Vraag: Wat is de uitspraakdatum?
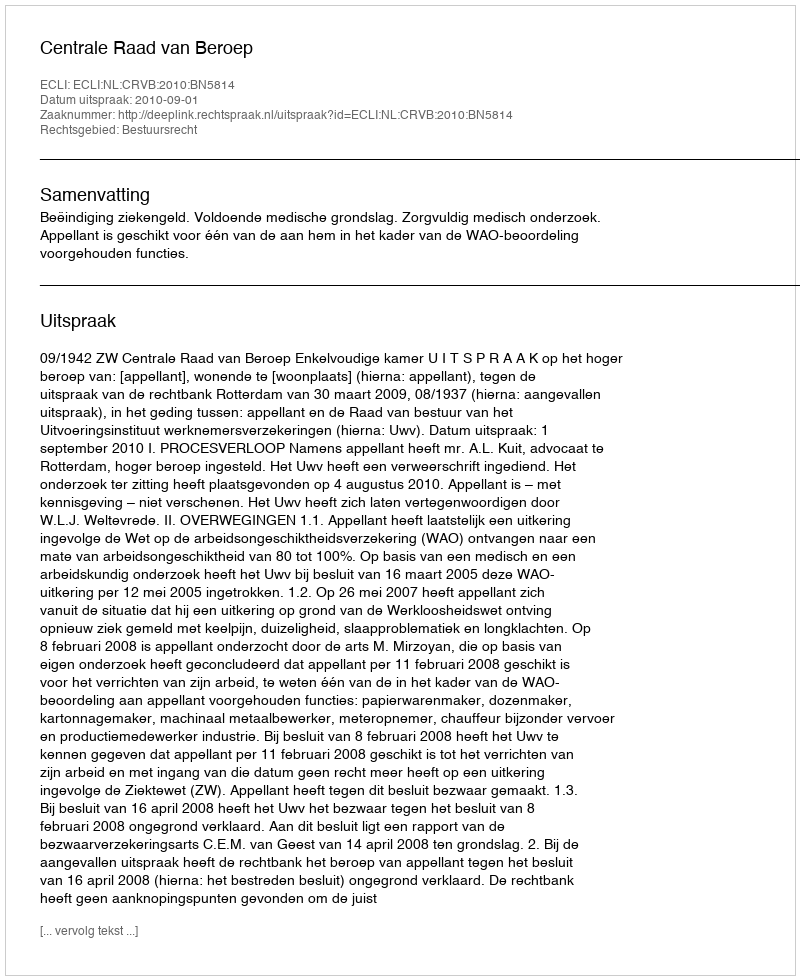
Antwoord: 2010-09-01